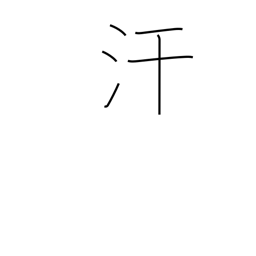
Meaning: perspire